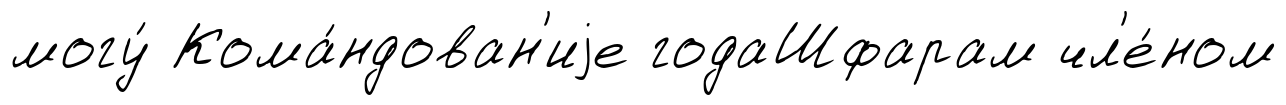
могу́ Кома́ндован'иjе годаШфарам чл'е́ном